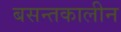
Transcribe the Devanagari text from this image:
बसन्तकालीन